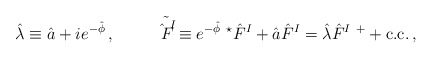
\begin{align*}\hat{\lambda} \equiv \hat{a} +ie^{-\hat{\phi}}\, ,\hspace{1cm}\tilde{\hat{F}^{I}}\equiv e^{-\hat{\phi}}\ {}^{\star}\hat{F}^{I} +\hat{a}\hat{F}^{I}=\hat{\lambda}\hat{F}^{I\ +} + {\rm c.c.}\, ,\end{align*}